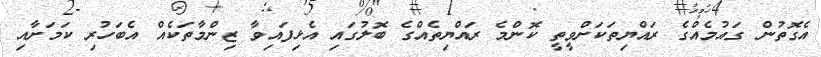
އެގޮތުން ގައުމެއްގެ ރައްޔިތަކަށްވީތީ ކޮންމެ ރައްޔިތެއްގެ ބޮލުގައި އެޅިފައިވާ ޒިންމާތަކެއް އެބަހުރި ކަމަށާއި